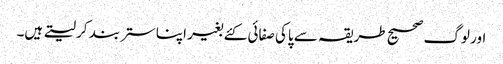
اور لوگ صحیح طریقہ سے پاکی صفائی کئے بغیر اپنا ستر بند کر لیتے ہیں۔